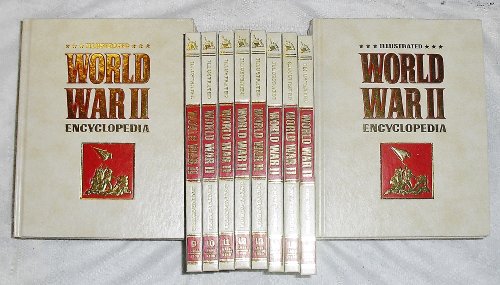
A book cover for Illustrated World War II Encyclopedia - Set Of 24 Volumes; Lieutenant Colonel Eddy Bauer; Reference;